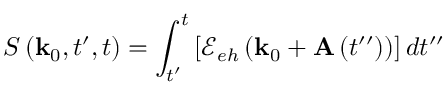
S \left( \mathbf { k } _ { 0 } , t ^ { \prime } , t \right) = \int _ { t ^ { \prime } } ^ { t } \left[ \mathcal { E } _ { e h } \left( \mathbf { k } _ { 0 } + \mathbf { A } \left( t ^ { \prime \prime } \right) \right) \right] d t ^ { \prime \prime }